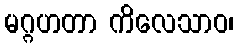
မဂ္ဂဟတာ ကိလေသာဝ၊